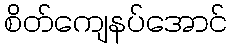
စိတ်ကျေနပ်အောင်